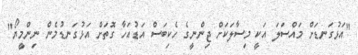
"އަޅުގަނޑަށް މައްސަލަ އަކީ މިސާލަކަށް ޖިންނީގެ ހެކިބަސް އަޑުއަހާ ގޮތަށް އަޅުގަނޑުމެން ނިންމީޔޯ"